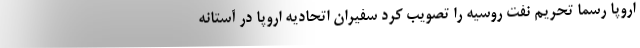
اروپا رسما تحریم نفت روسیه را تصویب کرد سفیران اتحادیه اروپا در آستانه